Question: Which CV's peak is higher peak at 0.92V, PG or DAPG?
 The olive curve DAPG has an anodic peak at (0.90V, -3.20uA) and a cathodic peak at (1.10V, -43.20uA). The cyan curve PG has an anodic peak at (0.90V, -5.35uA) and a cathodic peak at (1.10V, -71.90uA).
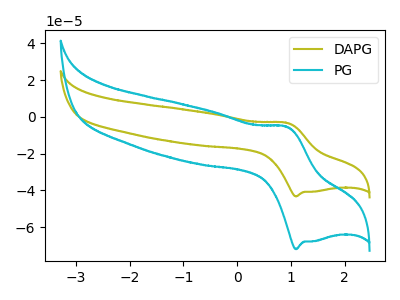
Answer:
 <answer>The peak at 0.92V is lower in "PG" than in "DAPG".</answer>
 <eval>lower</eval>